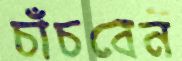
চাঁচবেন